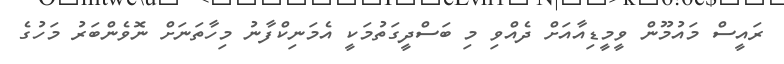
ރައީސް މައުމޫން ވީމީޑިއާއަށް ދެއްވި މި ބަސްދީގަތުމަކީ އެމަނިކްފާނު މިހާތަނަށް ނޮވެންބަރު މަހުގެ